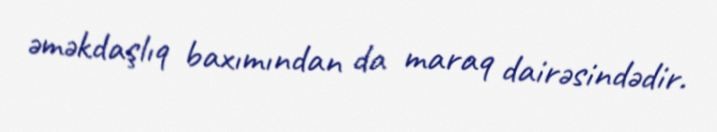
əməkdaşlıq baxımından da maraq dairəsindədir.